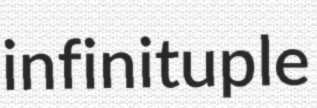
infinituple